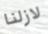
لازلنا